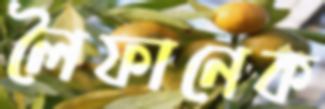
লৈফানেক